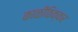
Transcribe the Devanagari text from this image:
काळीठिक्कर